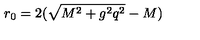
r _ { 0 } = 2 ( \sqrt { M ^ { 2 } + g ^ { 2 } q ^ { 2 } } - M ) \